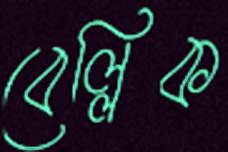
বেল্লিক